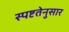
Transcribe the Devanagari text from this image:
स्पष्टतेनुसार